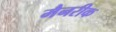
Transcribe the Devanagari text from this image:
मैनरीक